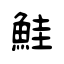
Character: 鮭